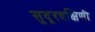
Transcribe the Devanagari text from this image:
सुदूरदक्षिणी